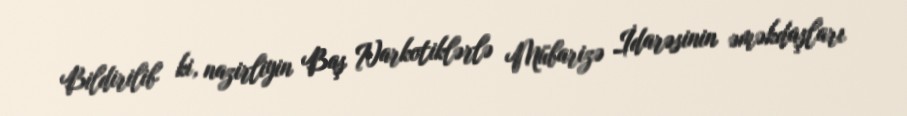
Bildirilib ki, nazirliyin Baş Narkotiklərlə Mübarizə İdarəsinin əməkdaşları